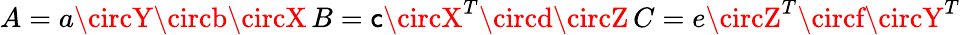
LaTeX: A=a\circY\circb\circX\, B=\mathsf{c}\circX^{T}\circd\circZ\, C=e\circZ^{T}\circf\circY^{T}